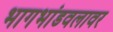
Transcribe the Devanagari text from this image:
भागभांडवलावर